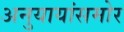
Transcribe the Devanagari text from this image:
अनुयायांसमोर